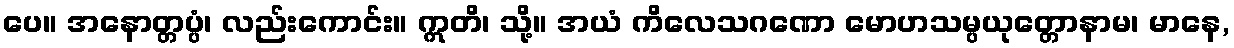
ပေ။ အနောတ္တပ္ပံ၊ လည်းကောင်း။ ဣတိ၊ သို့။ အယံ ကိလေသဂဏော မောဟသမ္ပယုတ္တောနာမ၊ မာနေ,